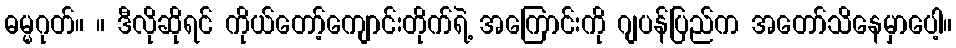
ဓမ္မဂုတ်။ ။ ဒီလိုဆိုရင် ကိုယ်တော့်ကျောင်းတိုက်ရဲ့ အကြောင်းကို ဂျပန်ပြည်က အတော်သိနေမှာပေါ့။